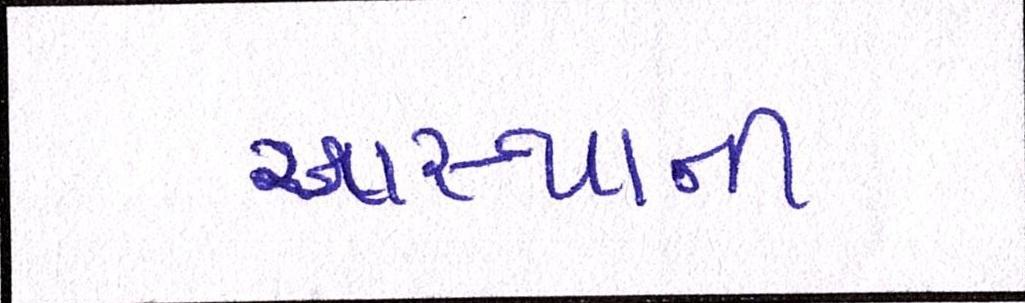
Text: આસ્થાની